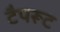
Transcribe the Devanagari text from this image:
टैपरूट